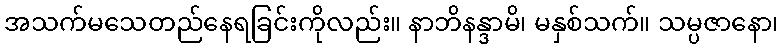
အသက်မသေတည်နေရခြင်းကိုလည်း။ နာဘိနန္ဒာမိ၊ မနှစ်သက်။ သမ္ပဇာနော၊